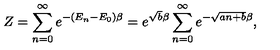
Z = \sum _ { n = 0 } ^ { \infty } e ^ { - ( E _ { n } - E _ { 0 } ) \beta } = e ^ { \sqrt { b } \beta } \sum _ { n = 0 } ^ { \infty } e ^ { - \sqrt { a n + b } \beta } ,